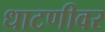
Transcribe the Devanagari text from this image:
धाटणीवर